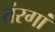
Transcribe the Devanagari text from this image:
तंरगां